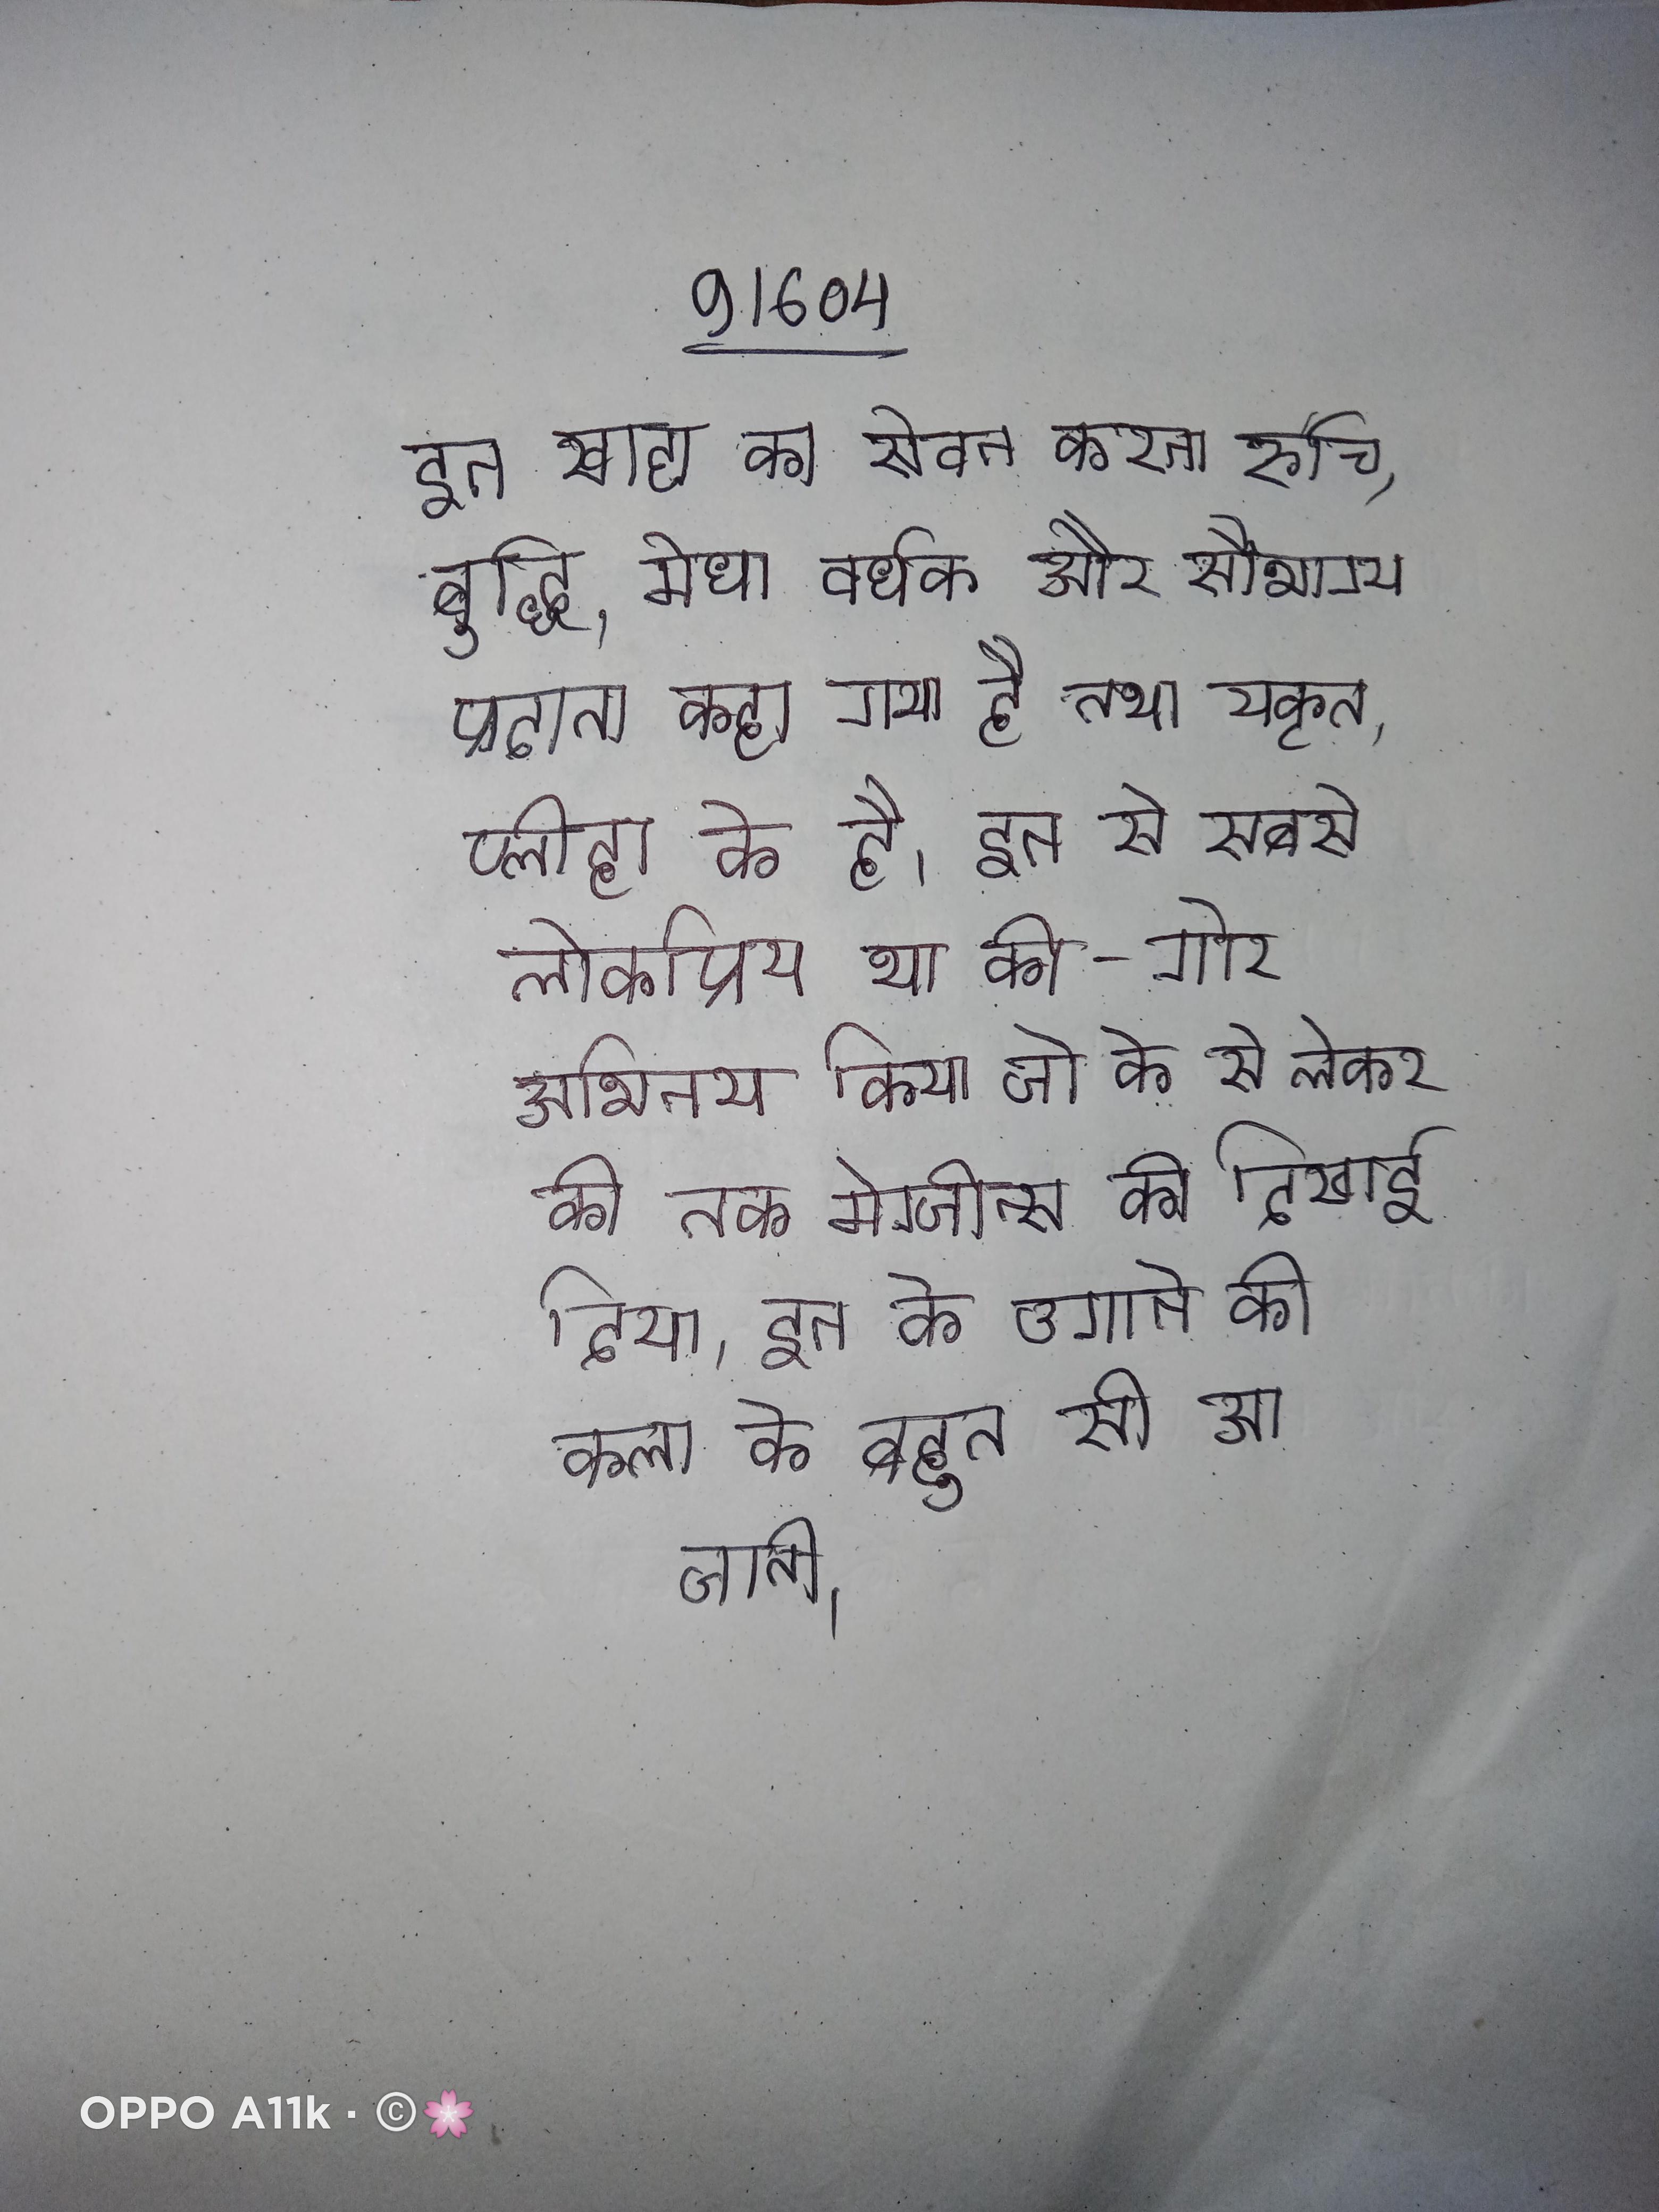
इन खाद्य का सेवन करना रुचि, बुद्धि, मेधा वर्धक और सौभाग्य प्रदाता कहा गया है तथा यकृत, प्लीहा के है । इन से सबसे लोकप्रिय था की-गोर अभिनय किया जो के से लेकर की तक मेग्जीन्स की दिखाई दिया । इन के उगाने की कला के बहुत सी आ जाती ।